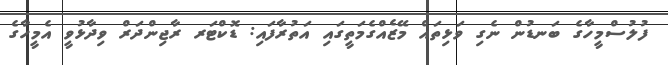
ފުލުސްމީހާގެ ބަނޑުން ނެގި ވަޅިތައް މޭޒެއްގެމަތީގައި އަތުރާފައި: ޑޮކްޓަރ ރާޖިންދަރް ވިދާޅުވީ އެމީހާގެ